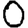
Digit: 0